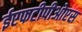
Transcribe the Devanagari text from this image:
ईएफटीपीओएस